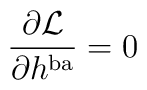
\frac{\partial {\cal L}}{\partial h^{{\rm ba}}}=0